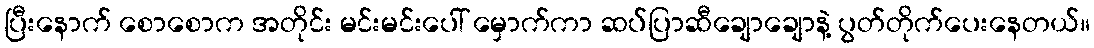
ပြီးနောက် စောစောက အတိုင်း မင်းမင်းပေါ် မှောက်ကာ ဆပ်ပြာဆီချောချောနဲ့ ပွတ်တိုက်ပေးနေတယ်။